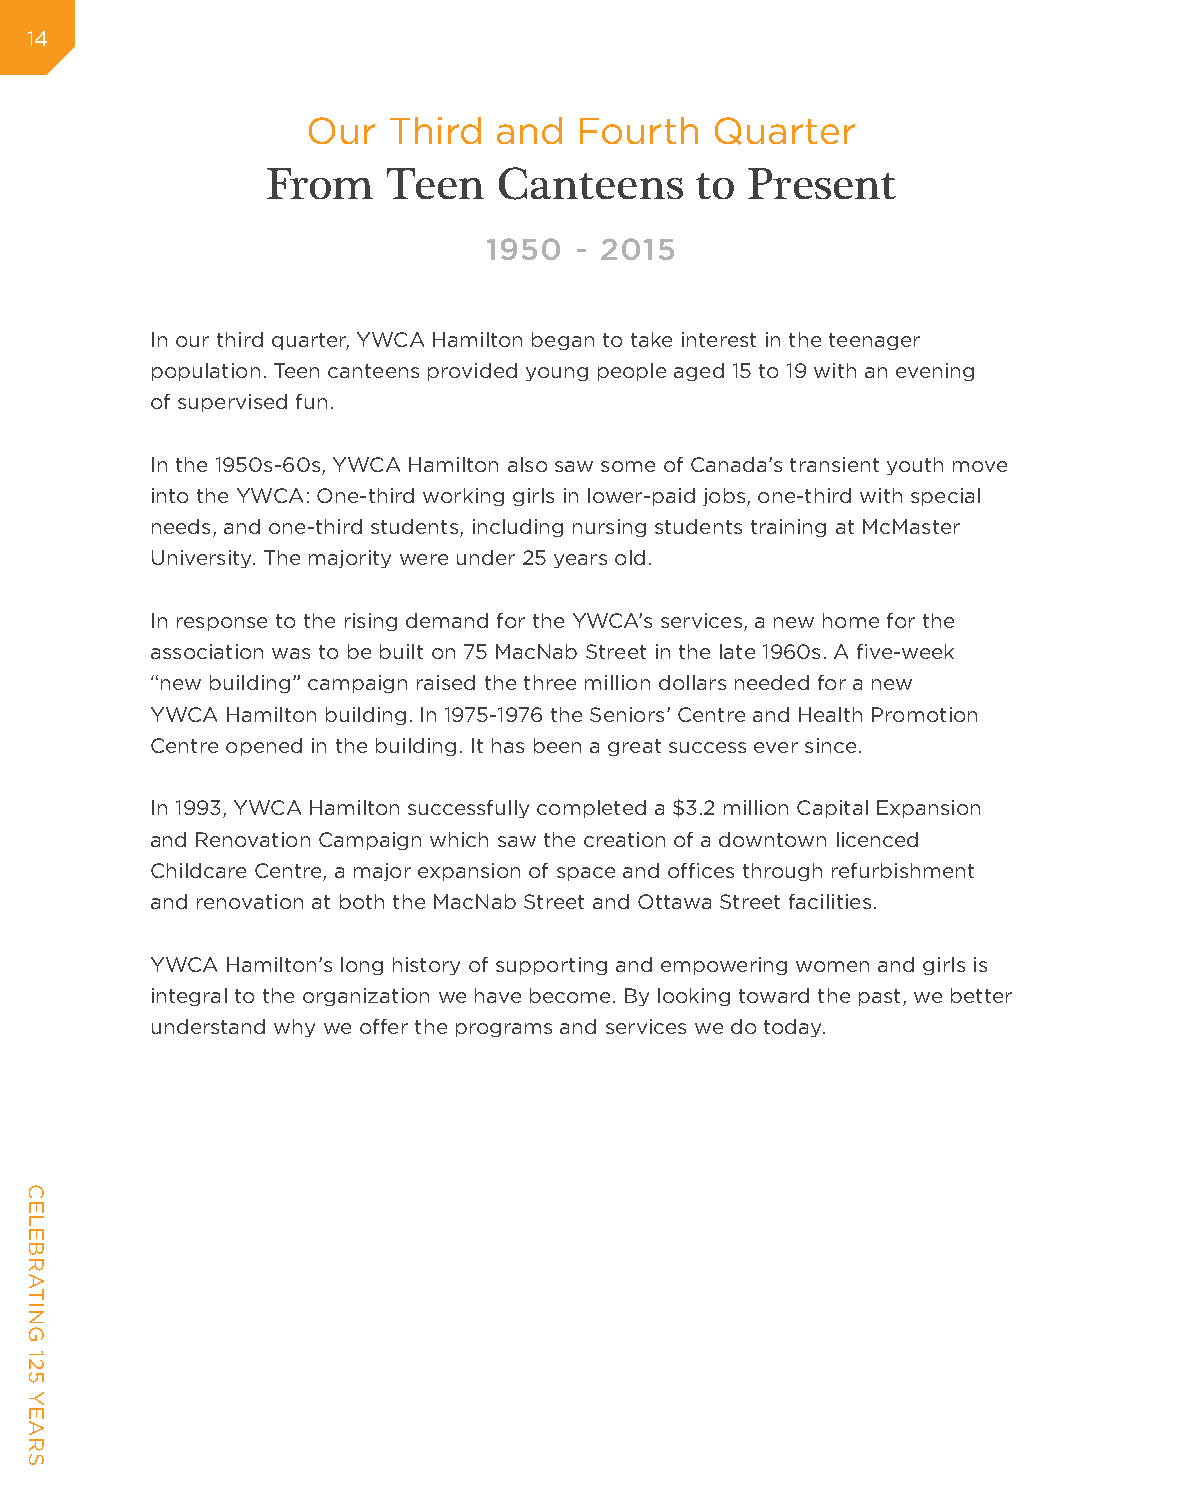
14
 Our   Third  and  Fourth   Quarter
 From    Teen   Canteens     to Present
 1950  - 2015
 In our third quarter, YWCA Hamilton began to take interest in the teenager
 population. Teen canteens provided young people aged 15 to 19 with an evening
 of supervised fun.
 In the 1950s-60s, YWCA Hamilton also saw some of Canada’s transient youth move
 into the YWCA: One-third working girls in lower-paid jobs, one-third with special
 needs, and one-third students, including nursing students training at McMaster
 University. The majority were under 25 years old.
 In response to the rising demand for the YWCA’s services, a new home for the
 association was to be built on 75 MacNab Street in the late 1960s. A five-week
 “new building” campaign raised the three million dollars needed for a new
 YWCA Hamilton building. In 1975-1976 the Seniors’ Centre and Health Promotion
 Centre opened in the building. It has been a great success ever since.
 In 1993, YWCA Hamilton successfully completed a $3.2 million Capital Expansion
 and Renovation Campaign which saw the creation of a downtown licenced
 Childcare Centre, a major expansion of space and offices through refurbishment
 and renovation at both the MacNab Street and Ottawa Street facilities.
 YWCA Hamilton’s long history of supporting and empowering women and girls is
 integral to the organization we have become. By looking toward the past, we better
 understand why we offer the programs and services we do today.
 CELEBRATING
 125
 YEARS